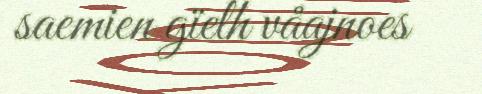
saemien gïelh våajnoes